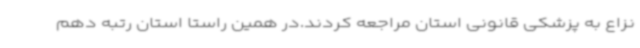
نزاع به پزشکی قانونی استان مراجعه کردند.در همین راستا استان رتبه دهم